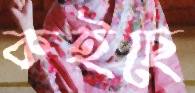
কইছে